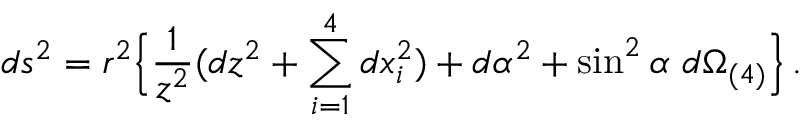
d s ^ { 2 } = r ^ { 2 } \Bigl \{ \frac { 1 } { z ^ { 2 } } ( d z ^ { 2 } + \sum _ { i = 1 } ^ { 4 } d x _ { i } ^ { 2 } ) + d \alpha ^ { 2 } + \sin ^ { 2 } \alpha \ d \Omega _ { ( 4 ) } \Bigr \} \, .